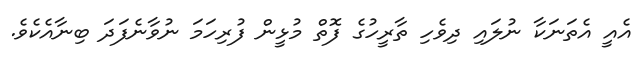
އެއީ އެތަނަކާ ނުލައި ދިވެހި ތާރީހުގެ ފޮތް މުޅީން ފުރިހަމަ ނުވާނެފަދަ ބިނާއެކެވެ.